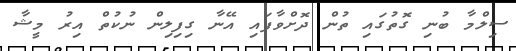
ސިލްމާ ބުނި ގޮތުގައި ތުން ދޮށްވާފައި އޭނާ ގިފިލިން ނުކުތް އިރު މީޝާ